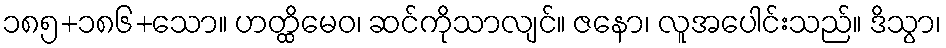
၁၈၅+၁၈၆+သော။ ဟတ္ထိမေဝ၊ ဆင်ကိုသာလျင်။ ဇနော၊ လူအပေါင်းသည်။ ဒိသွာ၊